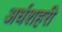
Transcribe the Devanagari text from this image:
अर्धशहरी